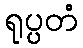
ရုပ္ပတံ